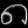
Digit: ၈